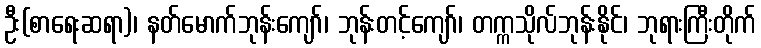
ဦး(စာရေးဆရာ)၊ နတ်မောက်ဘုန်းကျော်၊ ဘုန်းတင့်ကျော်၊ တက္ကသိုလ်ဘုန်းနိုင်၊ ဘုရားကြီးတိုက်